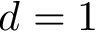
d = 1